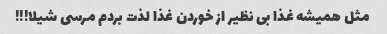
مثل همیشه غذا بی نظیر از خوردن غذا لذت بردم مرسی شیلا!!!